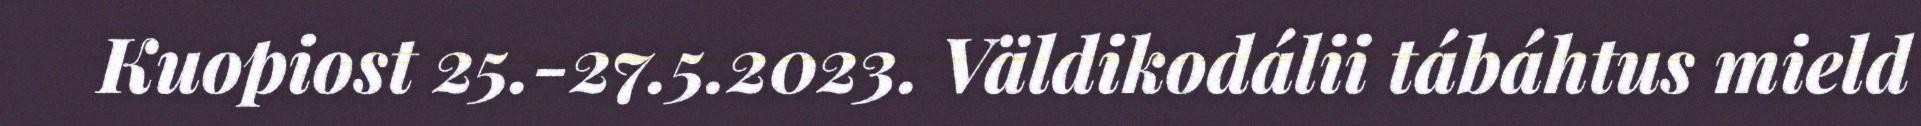
Kuopiost 25.-27.5.2023. Väldikodálii tábáhtus mield